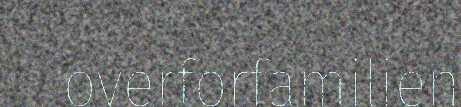
overforfamilien